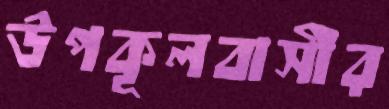
উপকূলবাসীর